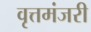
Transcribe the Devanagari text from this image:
वृत्तमंजरी